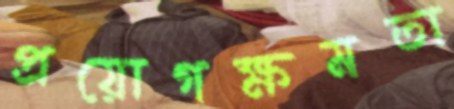
প্রয়োগক্ষমতা